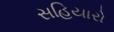
સહિયારો